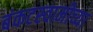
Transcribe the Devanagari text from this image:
बंकटस्वामीच्या